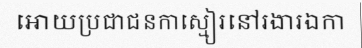
អោយប្រជាជនកាស្មៀរនៅរងារឯកា